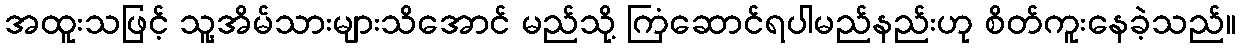
အထူးသဖြင့် သူ့အိမ်သားများသိအောင် မည်သို့ ကြံဆောင်ရပါမည်နည်းဟု စိတ်ကူးနေခဲ့သည်။